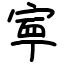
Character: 寕